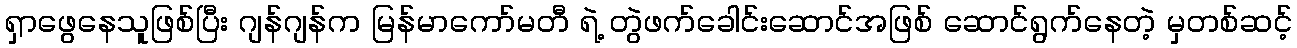
ရှာဖွေနေသူဖြစ်ပြီး ဂျန်ဂျန်က မြန်မာကော်မတီ ရဲ့ တွဲဖက်ခေါင်းဆောင်အဖြစ် ဆောင်ရွက်နေတဲ့ မှတစ်ဆင့်